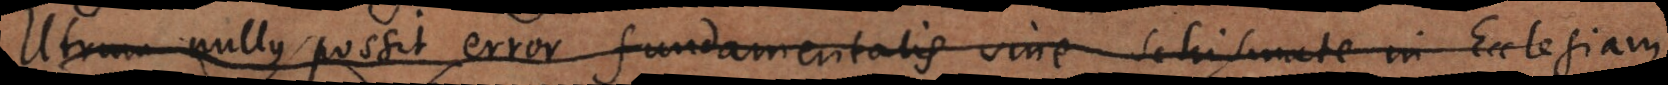
Utrum nullus possit error fundamentalis sine Schismate in Ecclesiam